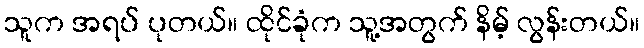
သူက အရပ် ပုတယ်။ ထိုင်ခုံက သူ့အတွက် နိမ့် လွန်းတယ်။